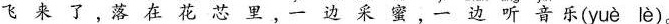
飞来了，落在花芯里，一边采蜜，一边听音乐(yuè lè）